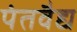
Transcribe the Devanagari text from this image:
पंतवैद्य